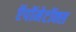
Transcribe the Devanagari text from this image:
ऍपॉमेटॉक्स